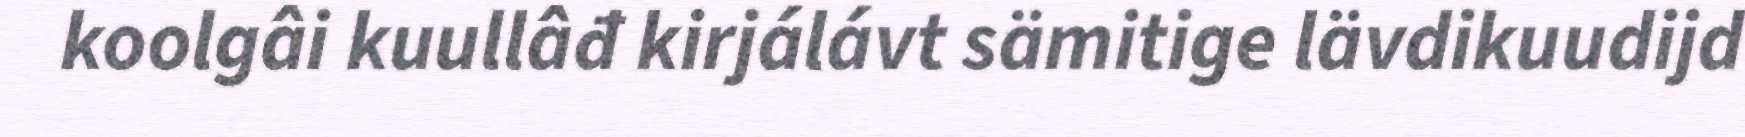
koolgâi kuullâđ kirjálávt sämitige lävdikuudijd